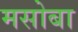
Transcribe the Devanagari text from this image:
मसोबा